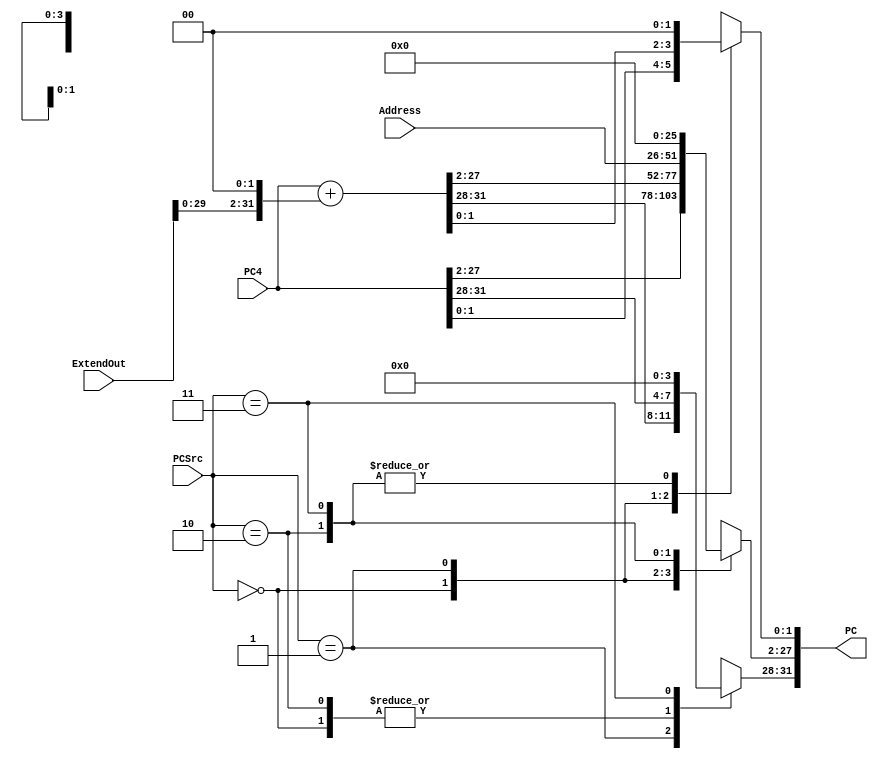
`timescale 1ns / 1ps
//////////////////////////////////////////////////////////////////////////////////
// Company: 
// Engineer: 
// 
// Design Name: 
// Module Name: PCSelect
// Project Name: 
// Target Devices: 
// Tool Versions: 
// Description: 
// 
// Dependencies: 
// 
// Revision:
// Revision 0.01 - File Created
// Additional Comments:
// 
//////////////////////////////////////////////////////////////////////////////////


module PCSelect(
    input [1:0] PCSrc,
    input [31:0] PC4,
    input [31:0] ExtendOut,
    input [25:0] Address,
    output reg [31:0] PC
    );

    always@(PCSrc or PC4 or ExtendOut or Address) begin
       case(PCSrc)
            2'b00: PC = PC4;
            2'b01: PC = PC4 + (ExtendOut << 2);
            2'b10: begin
                PC[31:28] = PC4[31:28];
                PC[27:2] = Address[25:0];
                PC[1:0] = 0;
            end
            2'b11: PC = 0;
            default: PC = 0;
       endcase
    end
endmodule